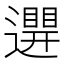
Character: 𨘊